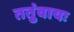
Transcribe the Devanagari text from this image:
ततुंवायः